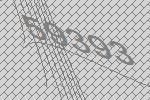
59393